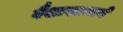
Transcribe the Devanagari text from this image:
वैशाखामध्ये